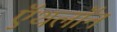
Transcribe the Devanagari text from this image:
ऍथलॉन